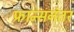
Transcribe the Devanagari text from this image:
फ्रान्सनंतर